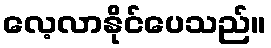
လေ့လာနိုင်ပေသည်။